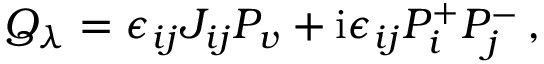
Q _ { \lambda } = \epsilon _ { i j } J _ { i j } P _ { v } + \mathrm { i } \epsilon _ { i j } P _ { i } ^ { + } P _ { j } ^ { - } \, ,